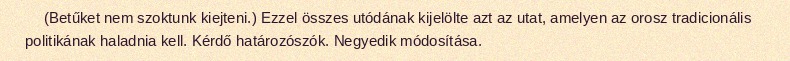
(Betűket nem szoktunk kiejteni.) Ezzel összes utódának kijelölte azt az utat, amelyen az orosz tradicionális politikának haladnia kell. Kérdő határozószók. Negyedik módosítása.